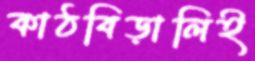
কাঠবিড়ালিই